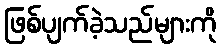
ဖြစ်ပျက်ခဲ့သည်များကို